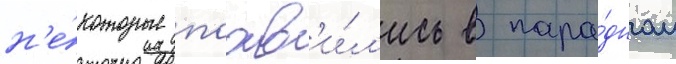
н'е́которые поав'и́л'ись в пара́дном